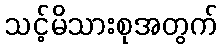
သင့်မိသားစုအတွက်